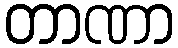
တာဏာ